Insane asylums Bombay 1873-77 - 1873-1877
Year: 1873
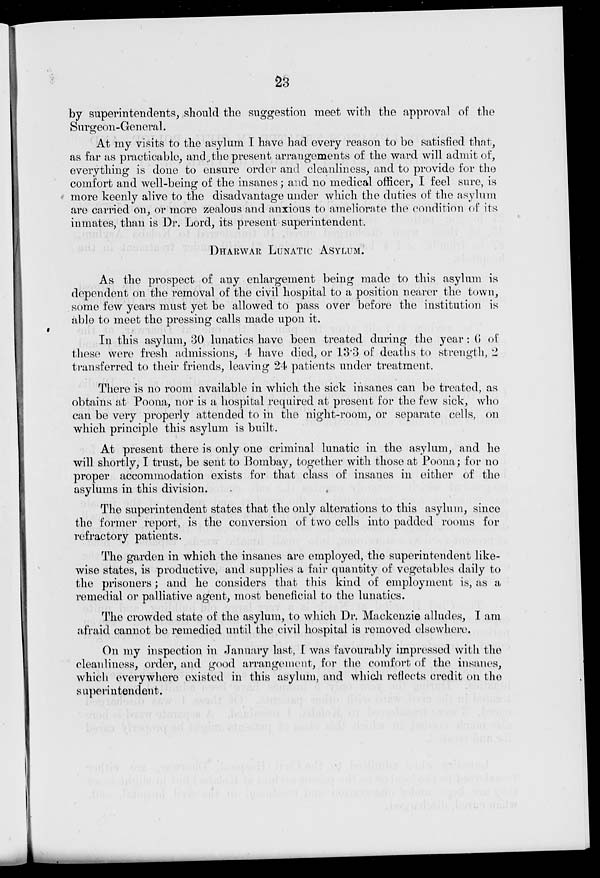
23
by superintendents, should the suggestion meet with the approval of the
Surgeon-General.
At my visits to the asylum I have had every reason to be satisfied that,
as far as practicable, and the present arrangements of the ward will admit of,
everything is done to ensure order and cleanliness, and to provide for the
comfort and well-being of the insanes; and no medical officer, I feel sure, is
more keenly alive to the disadvantage under which the duties of the asylum
are carried on, or more zealous and anxious to ameliorate the condition of its
inmates, than is Dr. Lord, its present superintendent.
DHARWAR LUNATIC ASYLUM.
As the prospect of any enlargement being made to this asylum is
dependent on the removal of the civil hospital to a position nearer the town,
some few years must yet be allowed to pass over before the institution is
able to meet the pressing calls made upon it.
In this asylum, 30 lunatics have been treated during the year: 6 of
these were fresh admissions, 4 have died, or 13.3 of deaths to strength, 2
transferred to their friends, leaving 24 patients under treatment.
There is no room available in which the sick insanes can be treated, as
obtains at Poona, nor is a hospital required at present for the few sick, who
can be very properly attended to in the night-room, or separate cells, on
which principle this asylum is built.
At present there is only one criminal lunatic in the asylum, and he
will shortly, I trust, be sent to Bombay, together with those at Poona; for no
proper accommodation exists for that class of insanes in either of the
asylums in this division.
The superintendent states that the only alterations to this asylum, since
the former report, is the conversion of two cells into padded rooms for
refractory patients.
The garden in which the insanes are employed, the superintendent like-
wise states, is productive, and supplies a fair quantity of vegetables daily to
the prisoners; and he considers that this kind of employment is, as a
remedial or palliative agent, most beneficial to the lunatics.
The crowded state of the asylum, to which Dr. Mackenzie alludes, I am
afraid cannot be remedied until the civil hospital is removed elsewhere.
On my inspection in January last, I was favourably impressed with the
cleanliness, order, and good arrangement, for the comfort of the insanes,
which everywhere existed in this asylum, and which reflects credit on the
superintendent.